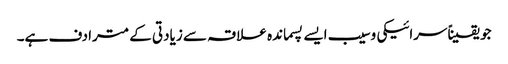
جو یقیناًسرائیکی وسیب ایسے پسماندہ علاقہ سے زیادتی کے مترادف ہے۔